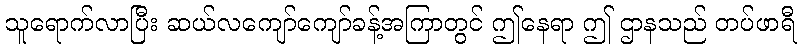
သူရောက်လာပြီး ဆယ်လကျော်ကျော်ခန့်အကြာတွင် ဤနေရာ ဤ ဌာနသည် တပ်ဖာရီ